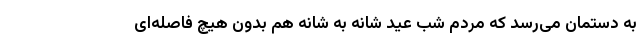
به دستمان می‌رسد که مردم شب عید شانه به شانه هم بدون هیچ فاصله‌ای